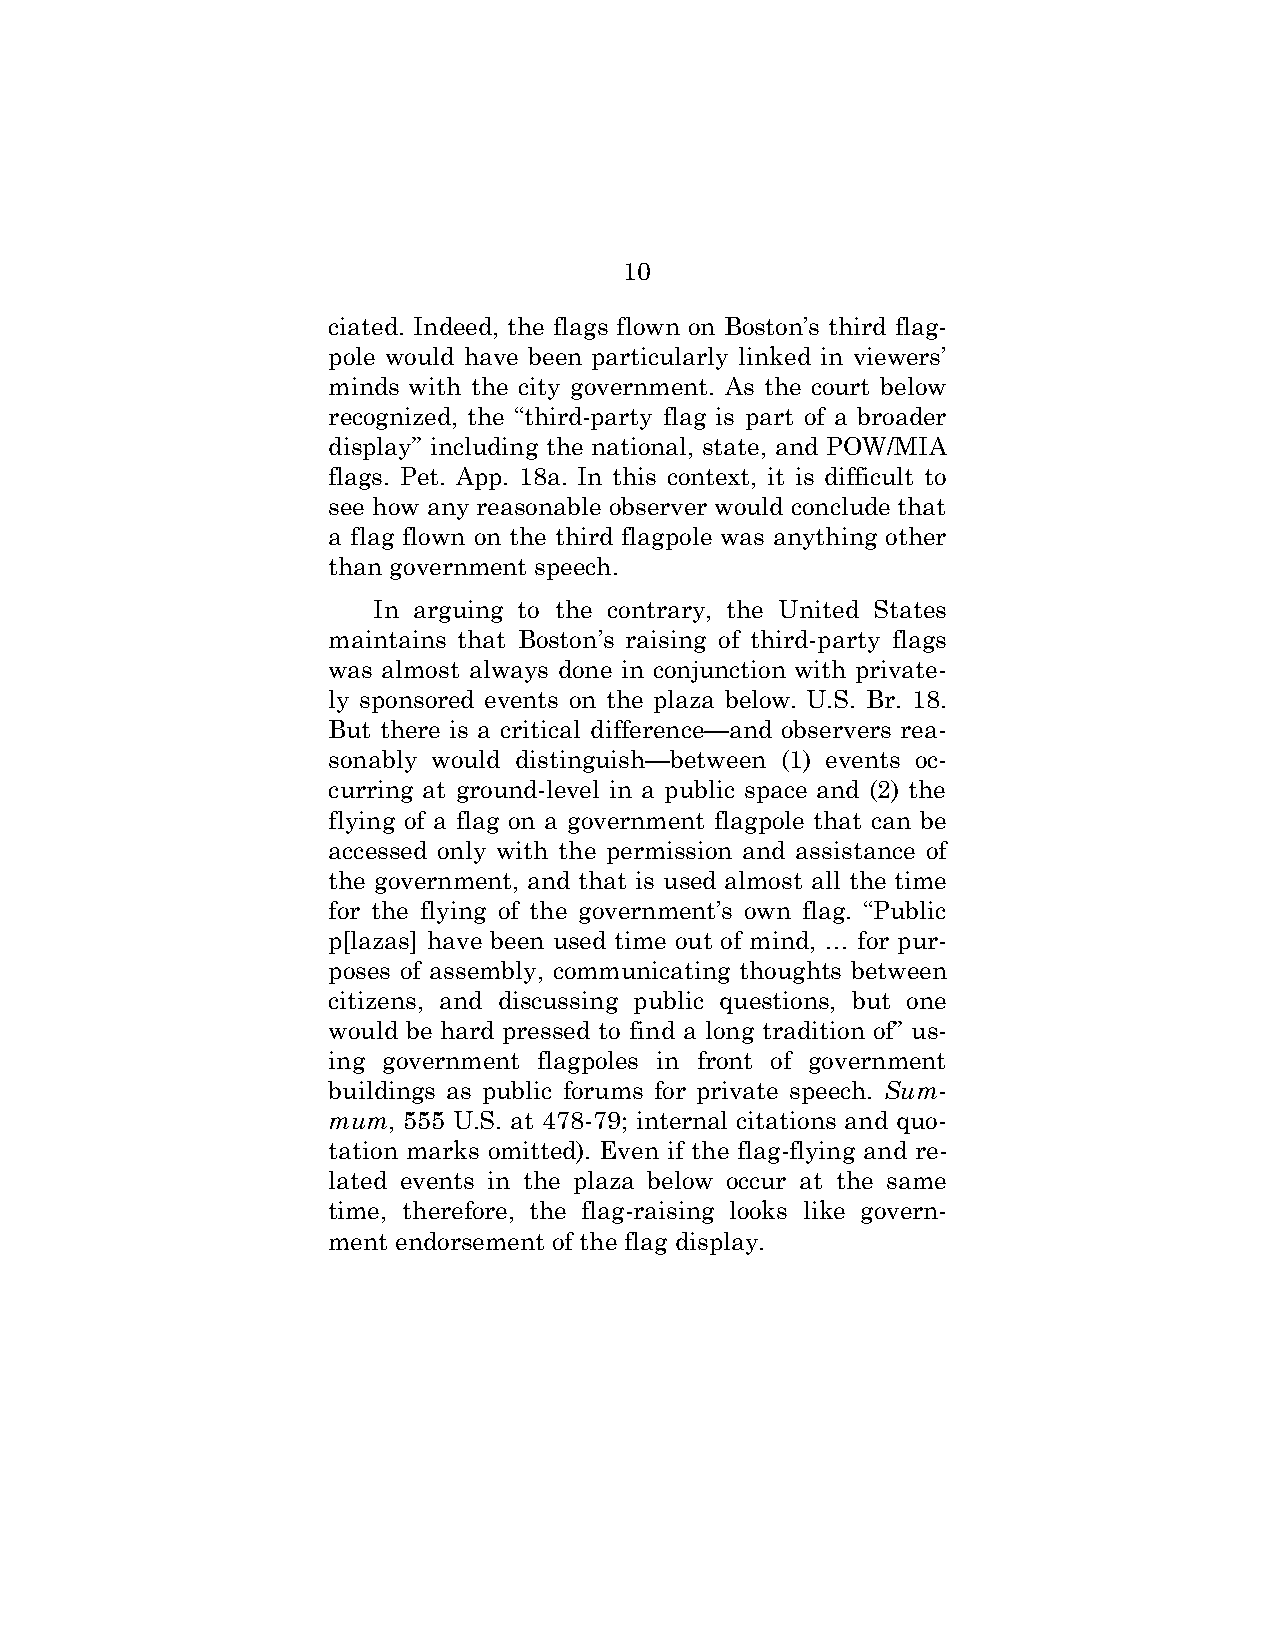
10
 ciated. Indeed, the flags flown on Boston’s third flag-
 pole would have been particularly linked in viewers’
 minds with the city government. As the court below
 recognized, the “third-party flag is part of a broader
 display” including the national, state, and POW/MIA
 flags. Pet. App. 18a. In this context, it is difficult to
 see how any reasonable observer would conclude that
 a flag flown on the third flagpole was anything other
 than government speech.
 In arguing to the contrary, the United States
 maintains that Boston’s raising of third-party flags
 was almost always done in conjunction with private-
 ly sponsored events on the plaza below. U.S. Br. 18.
 But there is a critical difference—and observers rea-
 sonably would distinguish—between (1) events oc-
 curring at ground-level in a public space and (2) the
 flying of a flag on a government flagpole that can be
 accessed only with the permission and assistance of
 the government, and that is used almost all the time
 for the flying of the government’s own flag. “Public
 p[lazas] have been used time out of mind, … for pur-
 poses of assembly, communicating thoughts between
 citizens, and discussing public questions, but one
 would be hard pressed to find a long tradition of” us-
 ing government flagpoles in front of government
 buildings as public forums for private speech. Sum-
 mum, 555 U.S. at 478-79; internal citations and quo-
 tation marks omitted). Even if the flag-flying and re-
 lated events in the plaza below occur at the same
 time, therefore, the flag-raising looks like govern-
 ment endorsement of the flag display.